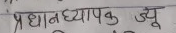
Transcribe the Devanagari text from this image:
प्रधानध्यापक ज्यू